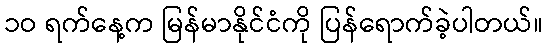
၁ဝ ရက်နေ့က မြန်မာနိုင်ငံကို ပြန်ရောက်ခဲ့ပါတယ်။